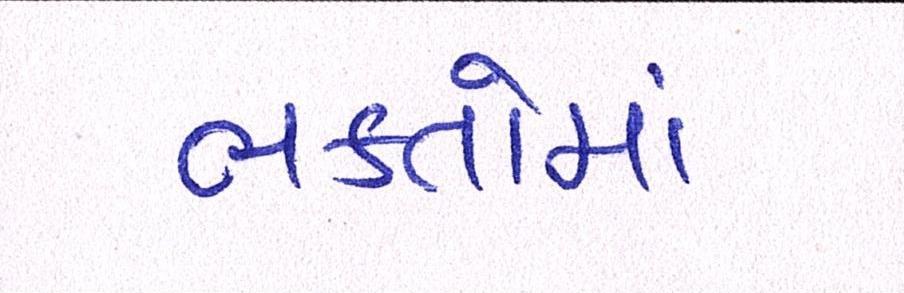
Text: ભકતોમાં